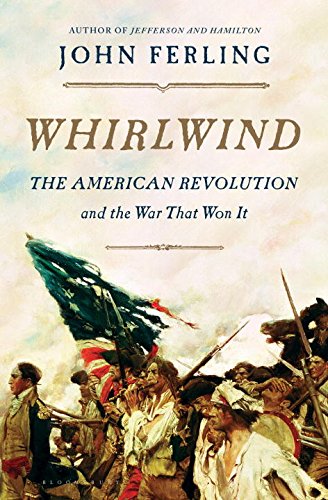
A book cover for Whirlwind: The American Revolution and the War That Won It; John Ferling; History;